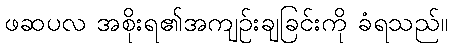
ဖဆပလ အစိုးရ၏အကျဉ်းချခြင်းကို ခံရသည်။